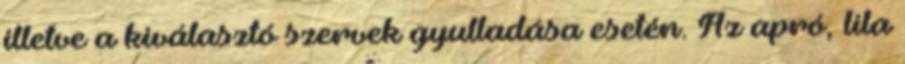
illetve a kiválasztó szervek gyulladása esetén. Az apró, lila